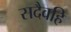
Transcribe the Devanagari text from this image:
सदैवहि